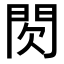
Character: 𮤉